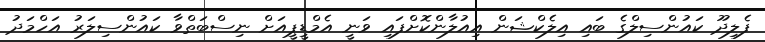
ފެލިދޫ ކައުންސިލްގެ ބައި އިލެކްޝަން އިއުލާންކޮށްފައި ވަނީ އެމްޑީޕީއަށް ނިސްބަތްވާ ކައުންސިލަރު އަހްމަދު